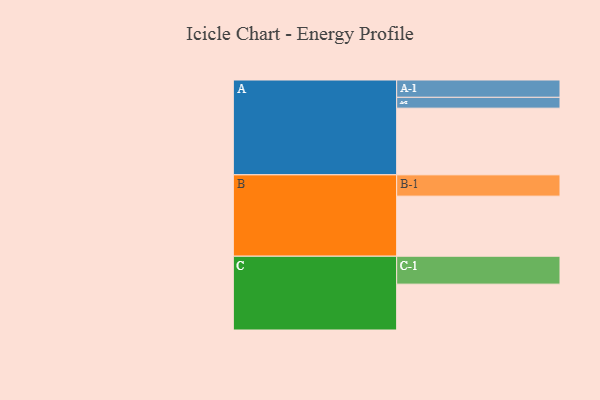
{"axis": {"x": "Segment", "y": "Value"}, "legend": ["", "A", "B", "C"], "data": [{"x": "A", "y": 516, "type": ""}, {"x": "B", "y": 465, "type": ""}, {"x": "C", "y": 355, "type": ""}, {"x": "A-1", "y": 134, "type": "A"}, {"x": "A-2", "y": 84, "type": "A"}, {"x": "B-1", "y": 165, "type": "B"}, {"x": "C-1", "y": 216, "type": "C"}]}